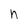
Character: h